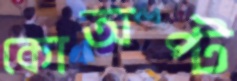
কোঅপ্ট